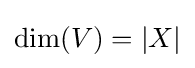
\dim(V)=|X|